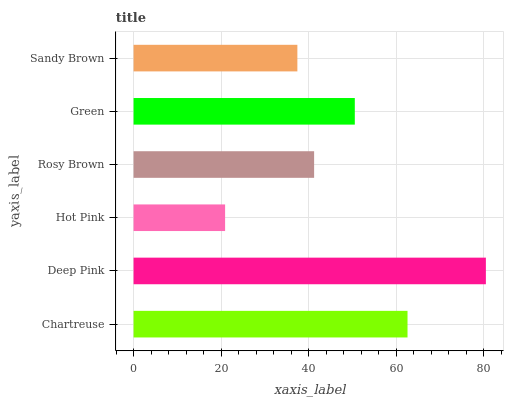
| yaxis_label | bars |
 | --- | --- |
 | Chartreuse | 62.6 |
 | Deep Pink | 80.5 |
 | Hot Pink | 20.9 |
 | Rosy Brown | 41.2 |
 | Green | 50.5 |
 | Sandy Brown | 37.4 |